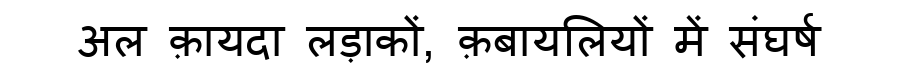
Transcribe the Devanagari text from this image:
अल क़ायदा लड़ाकों, क़बायलियों में संघर्ष